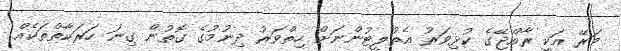
މަރޭ އަކީ ރާއްޖޭގެ ކުޅިވަރު އެތުލީޓުންނަށް ހިތްވަރު ދިނުމުގެ ގޮތުން ގިނަ ހަރަކާތްތަކެއް